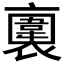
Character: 𧝕